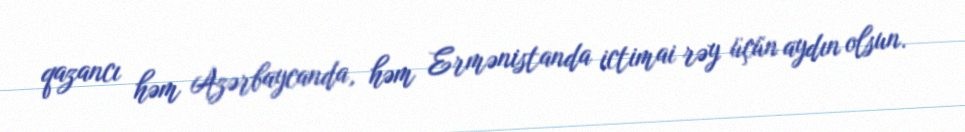
qazancı həm Azərbaycanda, həm Ermənistanda ictimai rəy üçün aydın olsun.